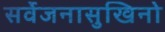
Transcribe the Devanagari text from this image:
सर्वेजनासुखिनो